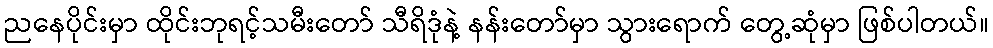
ညနေပိုင်းမှာ ထိုင်းဘုရင့်သမီးတော် သီရိဒုံနဲ့ နန်းတော်မှာ သွားရောက် တွေ့ဆုံမှာ ဖြစ်ပါတယ်။